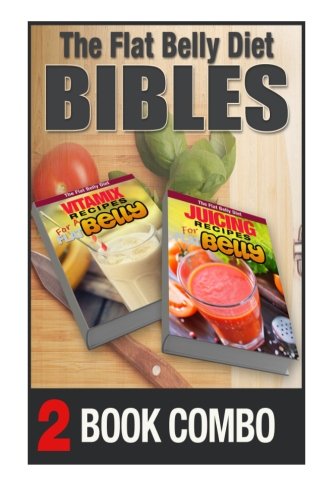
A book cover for Juicing Recipes For A Flat Belly And Vitamix Recipes For A Flat Belly: 2 Book Combo (Flat Belly Diet); Mary Atkins; Cookbooks, Food & Wine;